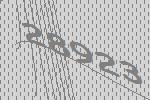
28923